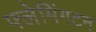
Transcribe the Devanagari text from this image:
फ्लेमिंगटन